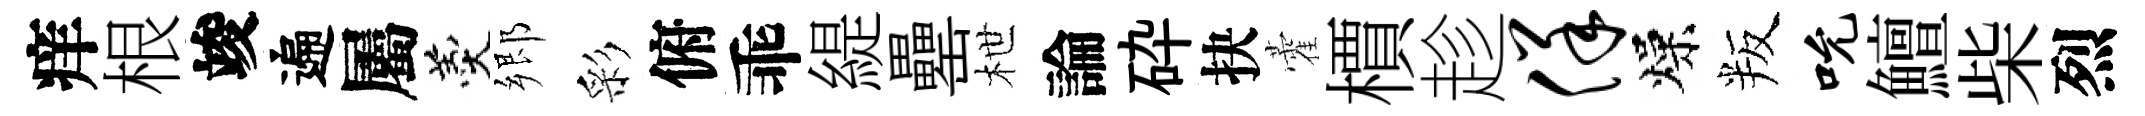
痒根竣遍屬羹郷彩俯乖緹罍枻論砕抉藿檟趁佯燥叛吮鱣柴烈